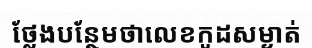
ថ្លែងបន្ថែមថាលេខកូដសម្ងាត់